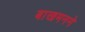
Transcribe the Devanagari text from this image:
बाखमनने